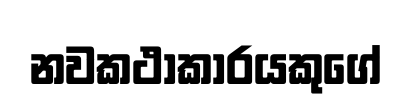
නවකථාකාරයකුගේ